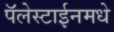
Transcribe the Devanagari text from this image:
पॅलेस्टाईनमधे